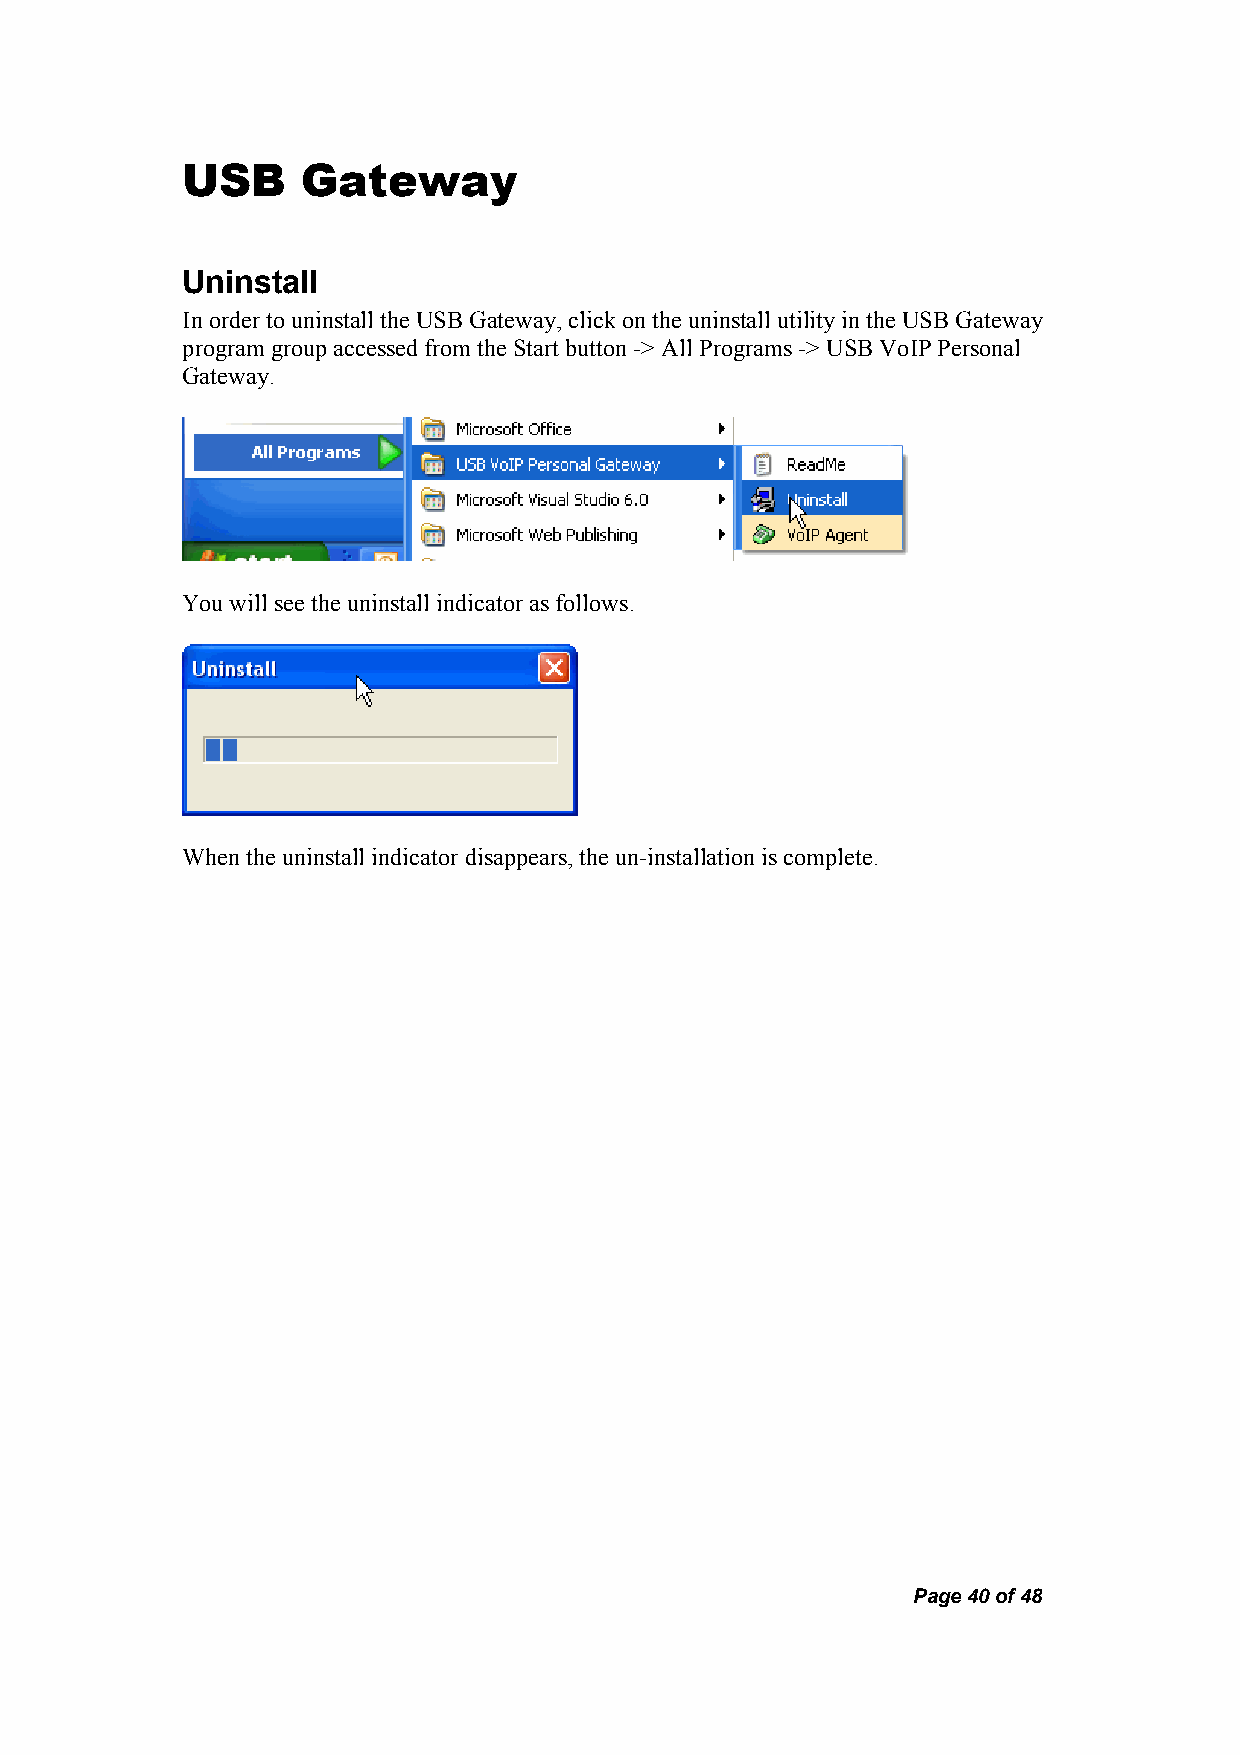
USB     Gateway
 Uninstall
 In order to uninstall the USB Gateway, click on the uninstall utility in the USB Gateway
 program group accessed from the Start button -> All Programs -> USB VoIP Personal
 Gateway.
 You will see the uninstall indicator as follows.
 When the uninstall indicator disappears, the un-installation is complete.
 Page 40 of 48